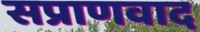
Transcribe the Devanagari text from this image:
सप्राणवाद